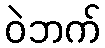
ဝဲဘက်